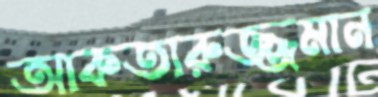
আকতারুজ্জমান